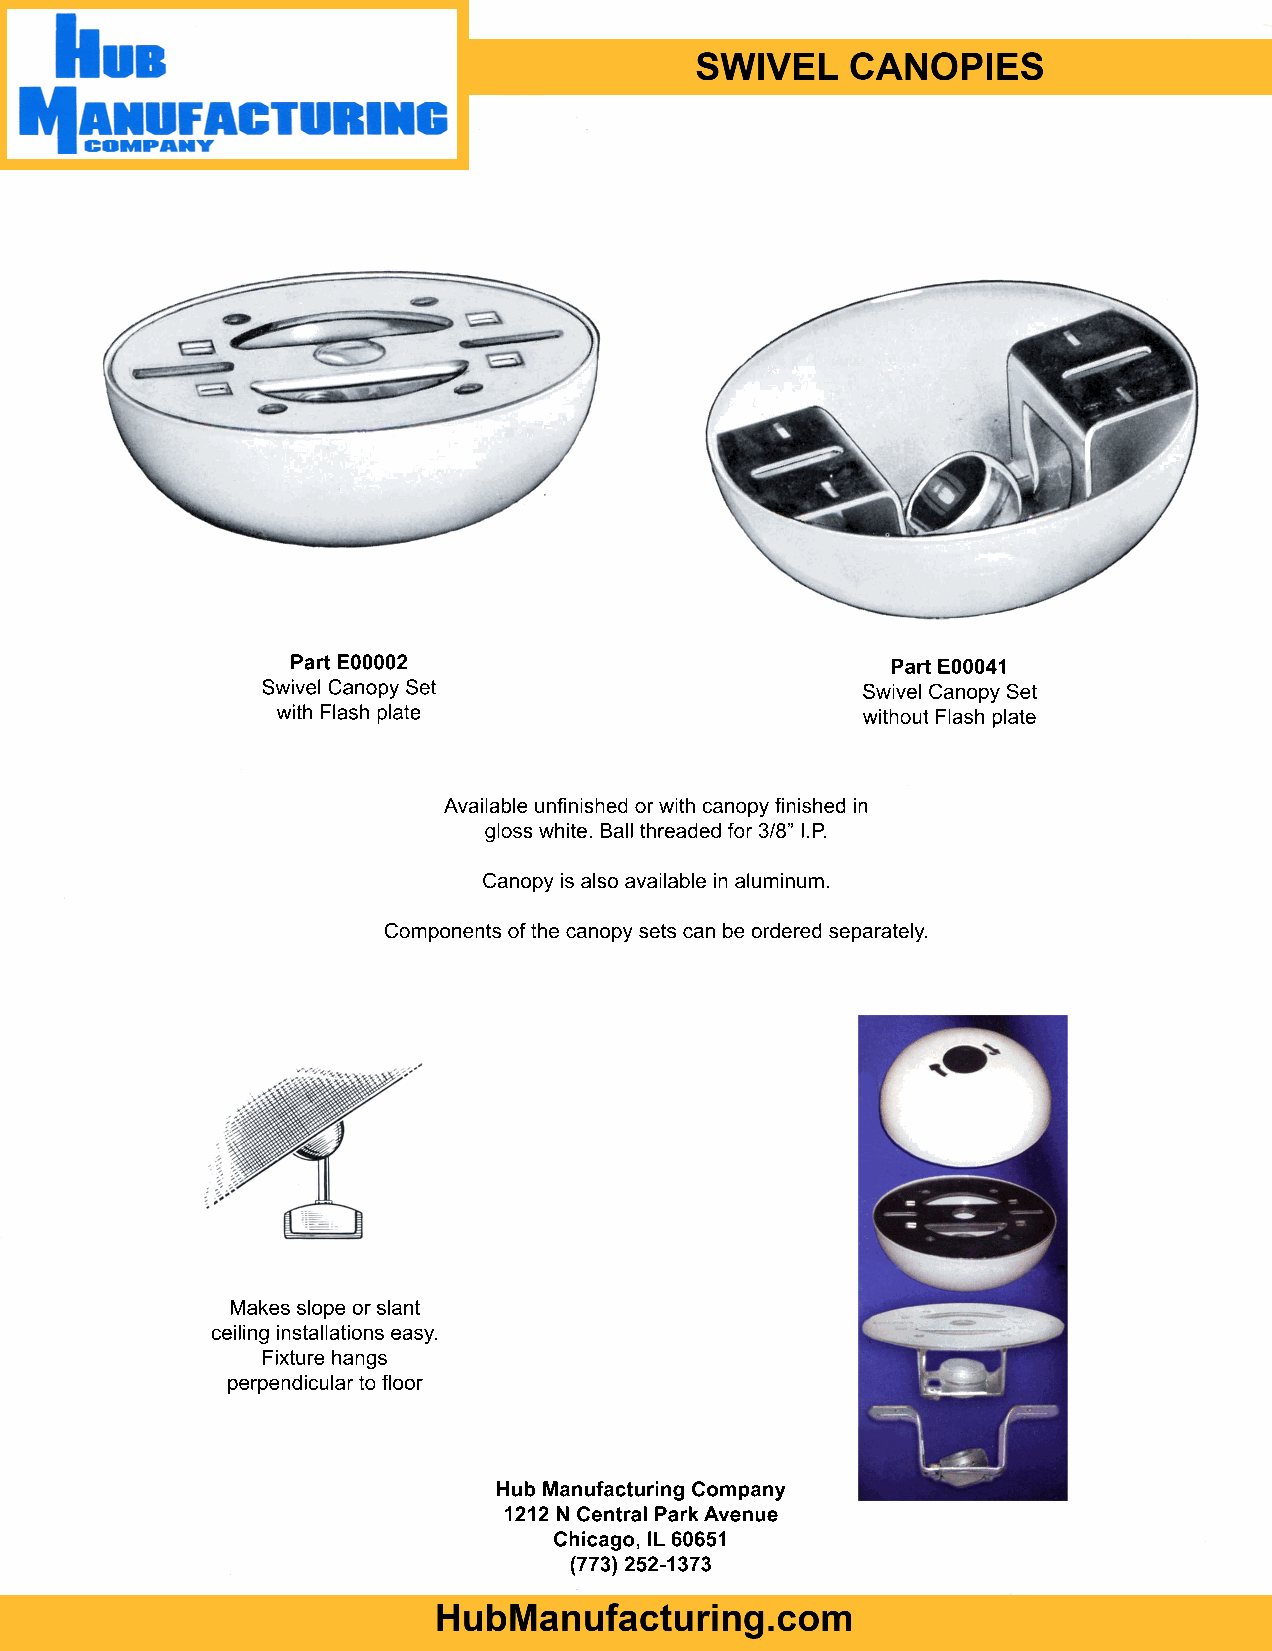
Part E00002                             Part E00041
 Swivel Canopy Set                       Swivel Canopy Set
 with Flash plate                       without Flash plate
 Available unfinished or with canopy finished in
 gloss white. Ball threaded for 3/8” I.P.
 Canopy is also available in aluminum.
 Components of the canopy sets can be ordered separately.
 Makes slope or slant
 ceiling installations easy.
 Fixture hangs
 perpendicular to floor
 Hub Manufacturing Company
 1212 N Central Park Avenue
 Chicago, IL 60651
 (773) 252-1373